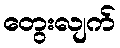
တွေးလျက်